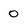
Character: 0